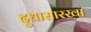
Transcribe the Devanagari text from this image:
दुधासारखा